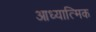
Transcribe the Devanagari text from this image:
आध्‍यात्मिक